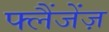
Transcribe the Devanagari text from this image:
फ्लैंजेंज़